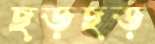
ছড়ছড়